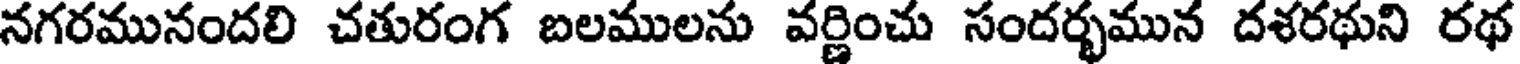
నగరమునందలి చతురంగ బలములను వర్ణించు సందర్భమున దశరథుని రథ